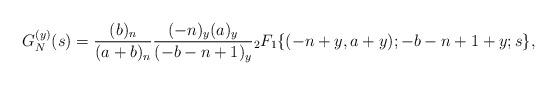
LaTeX: \begin{align*}G_N^{(y)}(s) = \frac{(b)_n}{(a+b)_n} \frac{(-n)_y(a)_y}{(-b-n+1)_y} {}_2F_1\{(-n+y, a+y); -b-n+1+y; s\},\end{align*}